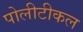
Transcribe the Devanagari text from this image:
पोलीटीकल